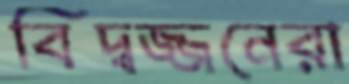
বিদ্বজ্জনেরা